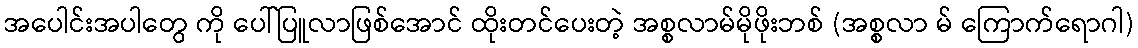
အပေါင်းအပါတွေ ကို ပေါ်ပြူလာဖြစ်အောင် ထိုးတင်ပေးတဲ့ အစ္စလာမ်မိုဖိုးဘစ် (အစ္စလာ မ် ကြောက်ရောဂါ)